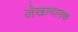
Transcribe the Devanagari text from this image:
लेखामानक